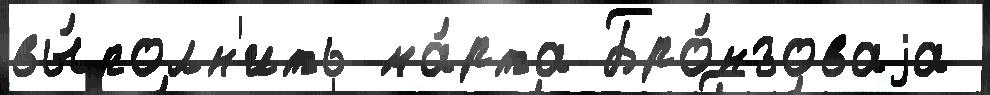
вы́полн'ить ма́рта Бро́нзоваjа